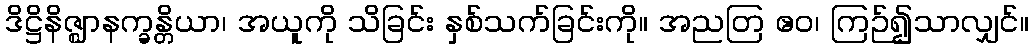
ဒိဋ္ဌိနိဇ္ဈာနက္ခန္တိယာ၊ အယူကို သိခြင်း နှစ်သက်ခြင်းကို။ အညတြ ဧဝ၊ ကြဉ်၍သာလျှင်။